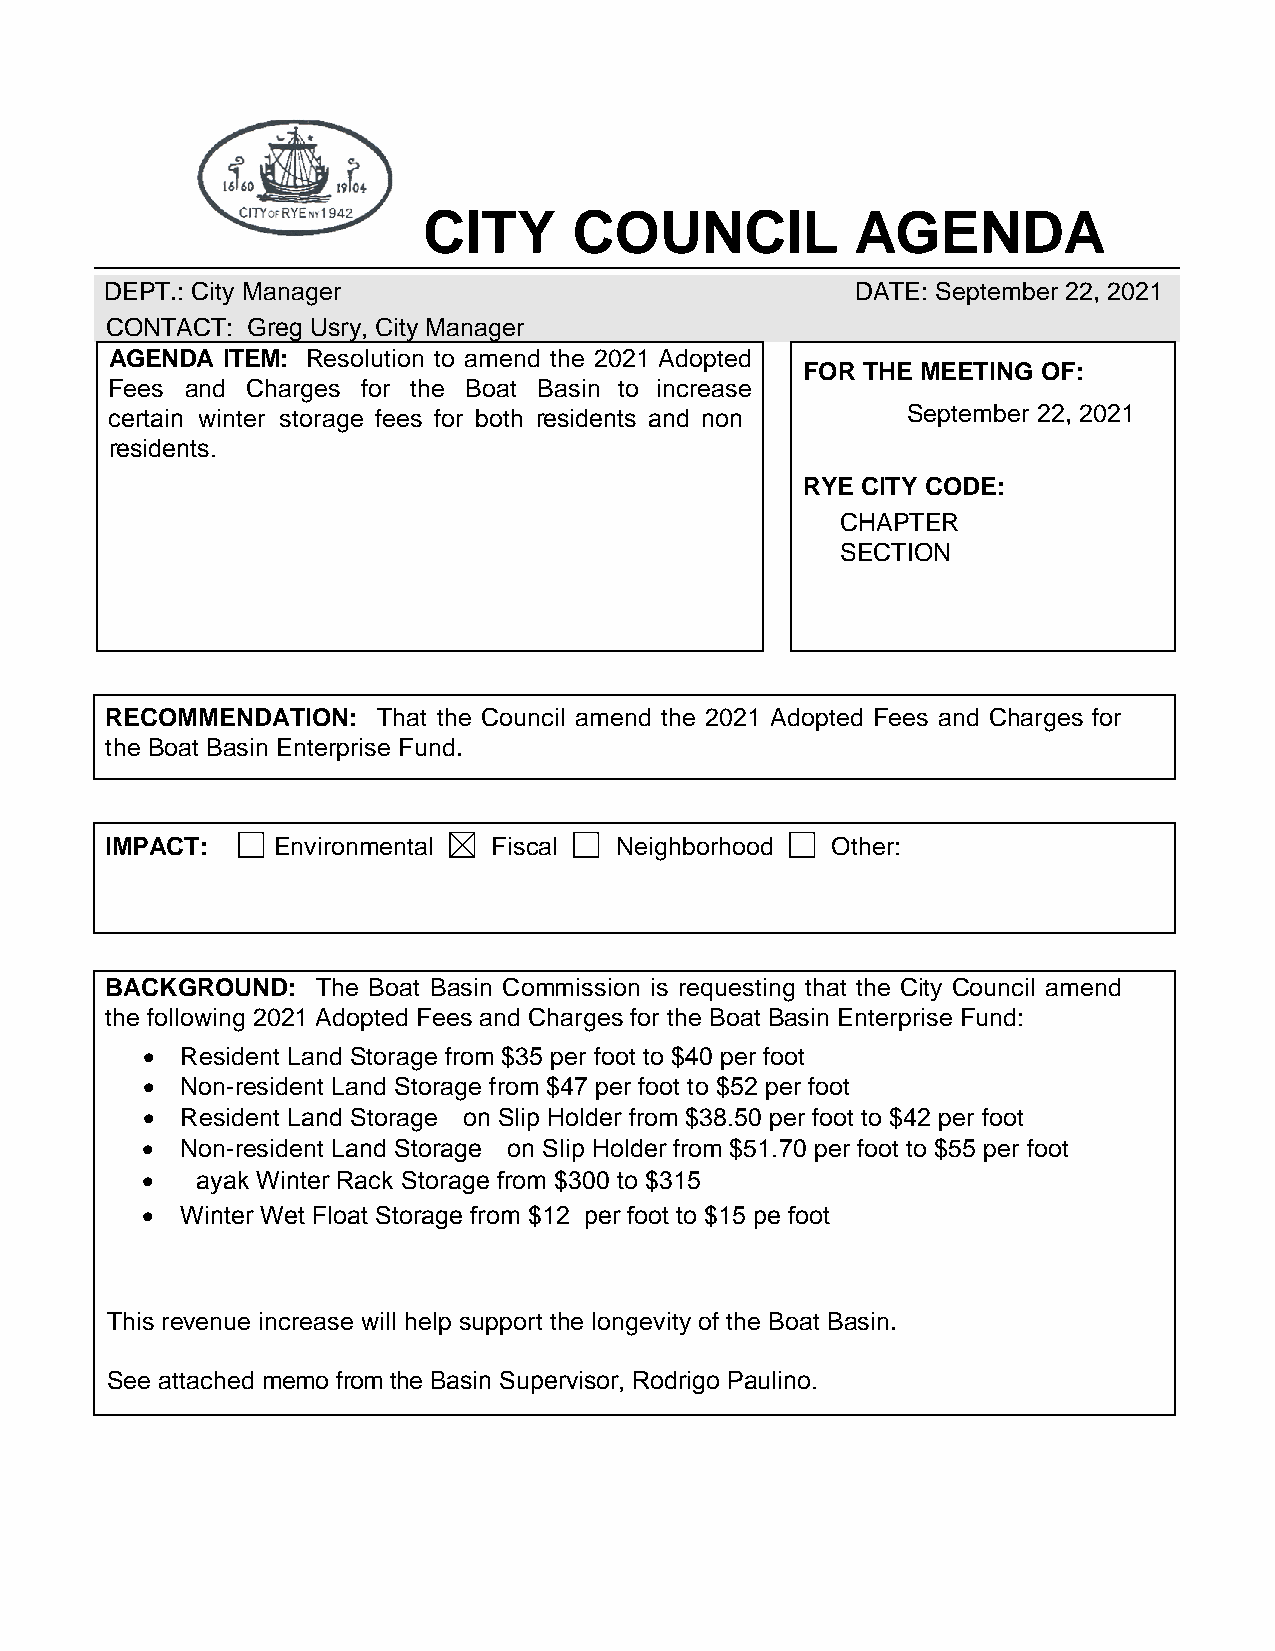
CITY      COUNCIL            AGENDA
 DEPT.: City Manager                               DATE: September 22, 2021
 CONTACT: Greg Usry, City Manager
 AGENDA  ITEM: Resolution to amend the 2021 Adopted
 FOR THE MEETING OF:
 Fees and Charges for the Boat Basin to increase
 certain winter storage fees for both residents and non- September 22, 2021
 residents.
 RYE CITY CODE:
 CHAPTER
 SECTION
 RECOMMENDATION:   That the Council amend the 2021 Adopted Fees and Charges for
 the Boat Basin Enterprise Fund.
 IMPACT:    Environmental  Fiscal  Neighborhood  Other:
 BACKGROUND:   The Boat Basin Commission is requesting that the City Council amend
 the following 2021 Adopted Fees and Charges for the Boat Basin Enterprise Fund:
 •  Resident Land Storage from $35 per foot to $40 per foot
 •  Non-resident Land Storage from $47 per foot to $52 per foot
 •  Resident Land Storage/Non Slip Holder from $38.50 per foot to $42 per foot
 •  Non-resident Land Storage/Non Slip Holder from $51.70 per foot to $55 per foot
 •  Kayak Winter Rack Storage from $300 to $315
 •  Winter Wet Float Storage from $12/ per foot to $15 pe foot
 This revenue increase will help support the longevity of the Boat Basin.
 See attached memo from the Basin Supervisor, Rodrigo Paulino.